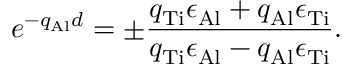
e ^ { - q _ { \mathrm { A l } } d } = \pm \frac { q _ { \mathrm { T i } } \epsilon _ { \mathrm { A l } } + q _ { \mathrm { A l } } \epsilon _ { \mathrm { T i } } } { q _ { \mathrm { T i } } \epsilon _ { \mathrm { A l } } - q _ { \mathrm { A l } } \epsilon _ { \mathrm { T i } } } .